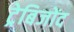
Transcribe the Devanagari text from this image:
ट्रेबिजोंद